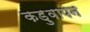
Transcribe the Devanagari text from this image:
कड़ुवापन